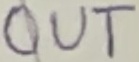
Text: OUT